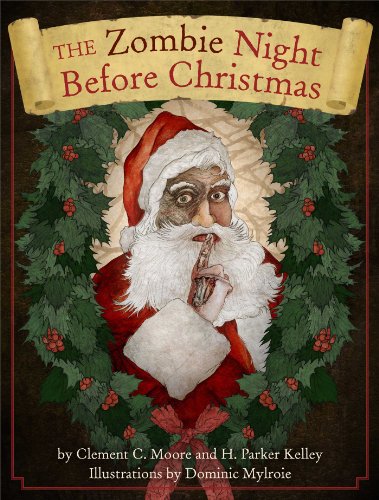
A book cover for The Zombie Night Before Christmas; Cider Mill Press; Humor & Entertainment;